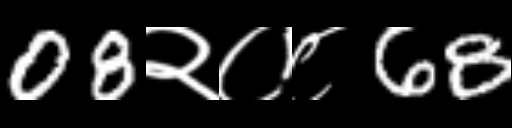
Text: 08२०८68